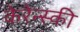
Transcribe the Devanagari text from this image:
केरेन्स्की